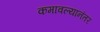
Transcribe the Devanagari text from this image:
कमावल्यानंतर